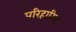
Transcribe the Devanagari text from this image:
परिहारिन